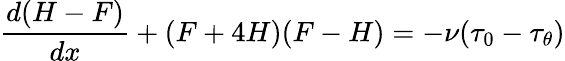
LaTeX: \frac{d(H-F)}{dx}+(F+4H)(F-H)=-\nu(\tau_{0}-\tau_{\theta})